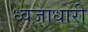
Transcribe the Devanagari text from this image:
ध्‍वजाधारी